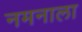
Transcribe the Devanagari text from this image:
नमनाला